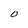
Character: O